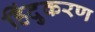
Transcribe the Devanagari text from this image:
हिंदुकरण